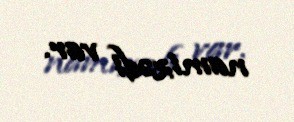
namizədi var.